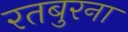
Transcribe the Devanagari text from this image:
रतबुरना